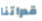
قدراتنا